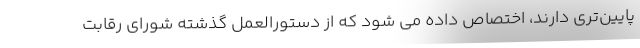
پایین‌تری دارند، اختصاص داده می شود که از دستورالعمل گذشته شورای رقابت